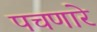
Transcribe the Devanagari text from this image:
पचणारे